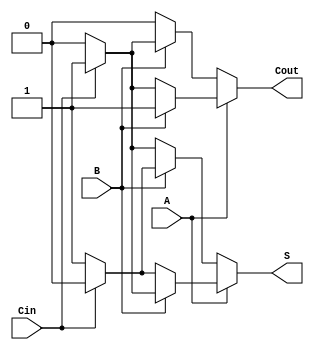
`timescale 1ns / 1ps
//////////////////////////////////////////////////////////////////////////////////
// Company: 
// Engineer: 
// 
// Design Name: 
// Module Name:    Full_adder 
// Project Name: 
// Target Devices: 
// Tool versions: 
// Description: 
//
// Dependencies: 
//
// Revision: 
// Revision 0.01 - File Created
// Additional Comments: 
//
//////////////////////////////////////////////////////////////////////////////////
module Full_adder(A,B,Cin,S,Cout);
	input A,B,Cin;
	output reg S,Cout;
	always@(A,B,Cin)
	begin
		if(A==0)
		begin
			if(B==0)
			begin
				if(Cin==0)		//A=0,B=0,Cin=0
				begin
					S=0;
					Cout=0;
				end
				else
				begin				//A=0,B=0,Cin=1
					S=1;
					Cout=0;
				end
			end
			else
			begin
				if(Cin==0)		//A=0,B=1,Cin=0
				begin
					S=1;
					Cout=0;
				end
				else
				begin				//A=0,B=1,Cin=1
					S=0;
					Cout=1;
				end
			end
		end                         
		else		//A=1
		begin
			if(B==0)
			begin
				if(Cin==0)		//A=1,B=0,Cin=0
				begin
					S=1;
					Cout=0;
				end
				else
				begin				//A=1,B=0,Cin=1
					S=0;
					Cout=1;
				end
			end
			else	//B=1
			begin
				if(Cin==0)		//A=1,B=1,Cin=0
				begin
					S=0;
					Cout=1;
				end
				else
				begin				//A=1,B=1,Cin=1
					S=1;
					Cout=1;
				end
			end
		end
	end
endmodule